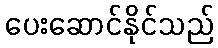
ပေးဆောင်နိုင်သည်